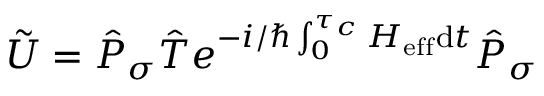
\tilde { U } = \hat { P } _ { \sigma } \hat { T } e ^ { - i / \hbar \int _ { 0 } ^ { \tau _ { c } } H _ { \mathrm { e f f } } \mathrm { d } t } \hat { P } _ { \sigma }